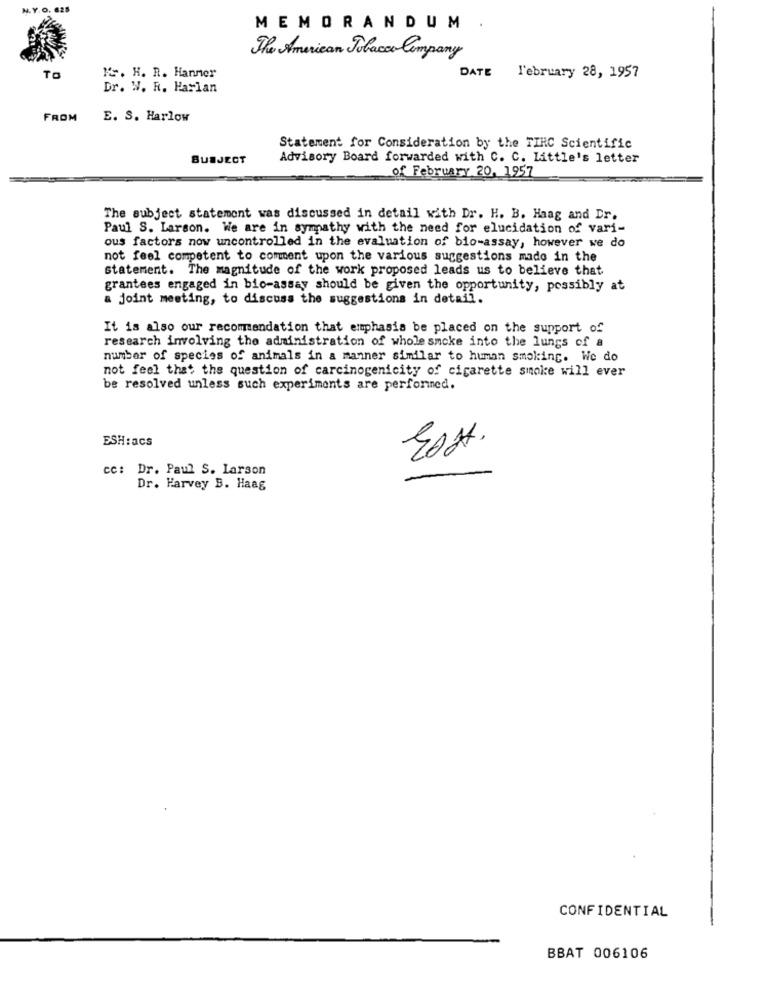
N. Y.O. 625
MEMORANDUM
The American Tobacco Company
DATE
To
K. H. R. Hanner
l'ebruary 28, 1957
Dr. W. R. Harlan
FROM
E. S. Harlow
Statement for Consideration by the TIHC Scientific
SUBJECT
Advisory Board forwarded with C. C. Little's letter
of February 20, 1957
The subject statement was discussed in detail with Dr. H. B. Haag and Dr.
Paul S. Larson. We are in sympathy with the need for elucidation of vari-
ous factors now uncontrolled in the evaluation of bio-assay, however we do
not feel competent to comment upon the various suggestions made in the
statement. The magnitude of the work proposed leads us to believe that
grantees engaged in bio-assay should be given the opportunity, possibly at
a joint meeting, to discuss the suggestions in detail.
It is also our recommendation that emphasis be placed on the support of
research involving the administration of whole smoke into the lungs of a
number of species of animals in a manner similar to human smoking. We do
not feel that the question of carcinogenicity of cigarette smoke will ever
be resolved unless such experiments are performed.
ESH:acs
East.
cc: Dr. Paul S. Larson
Dr. Harvey B. Haag
CONFIDENTIAL
BBAT 006106